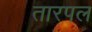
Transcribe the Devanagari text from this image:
तारपल